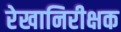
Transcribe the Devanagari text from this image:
रेखानिरीक्षक